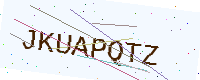
Text: JKUAPQTZ